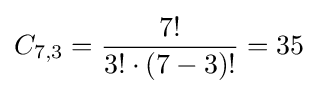
C_{7,3}={\frac {7!}{3!\cdot (7-3)!}}=35